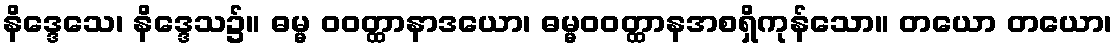
နိဒ္ဒေသေ၊ နိဒ္ဒေသ၌။ ဓမ္မ ဝဝတ္ထာနာဒယော၊ ဓမ္မဝဝတ္ထာနအစရှိကုန်သော။ တယော တယော၊